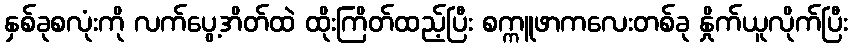
နှစ်ခုစလုံးကို လက်ပွေ့အိတ်ထဲ ထိုးကြိတ်ထည့်ပြီး စက္ကူဖာကလေးတစ်ခု နှိုက်ယူလိုက်ပြီး